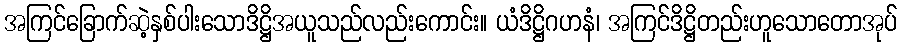
အကြင်ခြောက်ဆဲ့နှစ်ပါးသောဒိဋ္ဌိအယူသည်လည်းကောင်း။ ယံဒိဋ္ဌိဂဟနံ၊ အကြင်ဒိဋ္ဌိတည်းဟူသောတောအုပ်